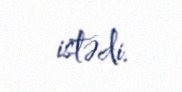
istədi.